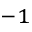
^ { - 1 }